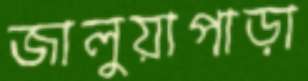
জালুয়াপাড়া